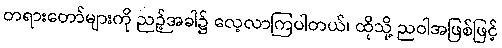
တရားတော်များကို ညဉ့်အခါ၌ လေ့လာကြပါတယ်၊ ထိုသို့ ညဝါအဖြစ်ဖြင့်